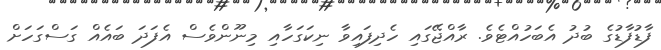
ފާޑުފާޑުގެ ބުދު އެބަހުއްޓެވެ. ރާއްޖޭގައި ހެދިފައިވާ ނިކަގަހާއި މިނޫންވެސް އެފަދަ ބައެއް ގަސްގަހަށް